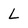
Character: L